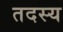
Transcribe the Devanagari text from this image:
तदस्य